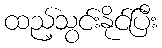
ထည့်သွင်းနိုင်ပြီး